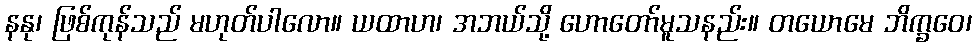
နနု၊ ဖြစ်ကုန်သည် မဟုတ်ပါလော။ ယထာဟ၊ အဘယ်သို့ ဟောတော်မူသနည်း။ တယောမေ ဘိက္ခဝေ၊